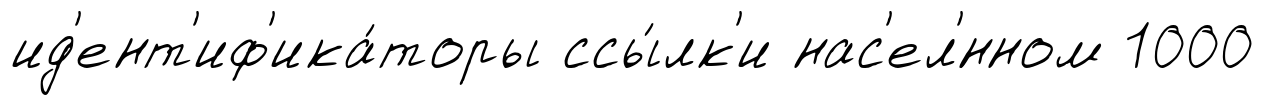
ид'ент'иф'ика́торы ссы́лк'и нас'ел'́нном 1000